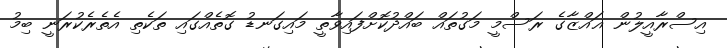
އިސްރާއީލުން ޣައްޒާގެ ރަސްމީ މަގުތައް ބައްދުކޮށްފައިވާތީ މައިގަނޑު ގޮތެއްގައި ތަކެތި އެތެރެކުރަނީ ބިމު